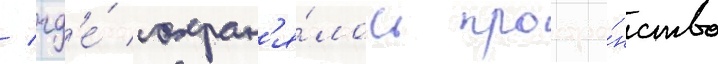
/ гд'е́ сохран'я́лось простра́нство